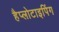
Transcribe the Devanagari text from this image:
हैप्लोटाइपिंग